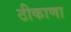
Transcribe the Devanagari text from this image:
ठीकाणा